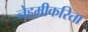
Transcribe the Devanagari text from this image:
नेहमीकरिता